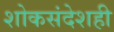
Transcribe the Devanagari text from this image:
शोकसंदेशही